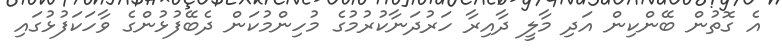
އެ ގޮތުން ބޭންކިން އަދި މާލީ ދާއިރާ ހަރުދަނާކުރުމުގެ މުހިންމުކަން ދެބޭފުޅުންގެ ވާހަކަފުޅުގައި